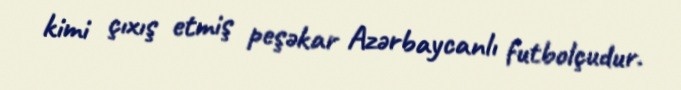
kimi çıxış etmiş peşəkar Azərbaycanlı futbolçudur.